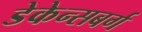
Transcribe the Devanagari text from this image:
डेकेन्सबर्ग